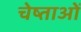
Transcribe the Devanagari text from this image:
चेष्ताओं